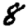
Digit: 8